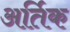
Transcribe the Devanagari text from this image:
अर्तिक